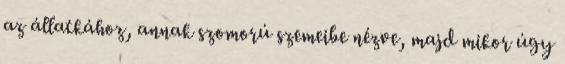
az állatkához, annak szomorú szemeibe nézve, majd mikor úgy